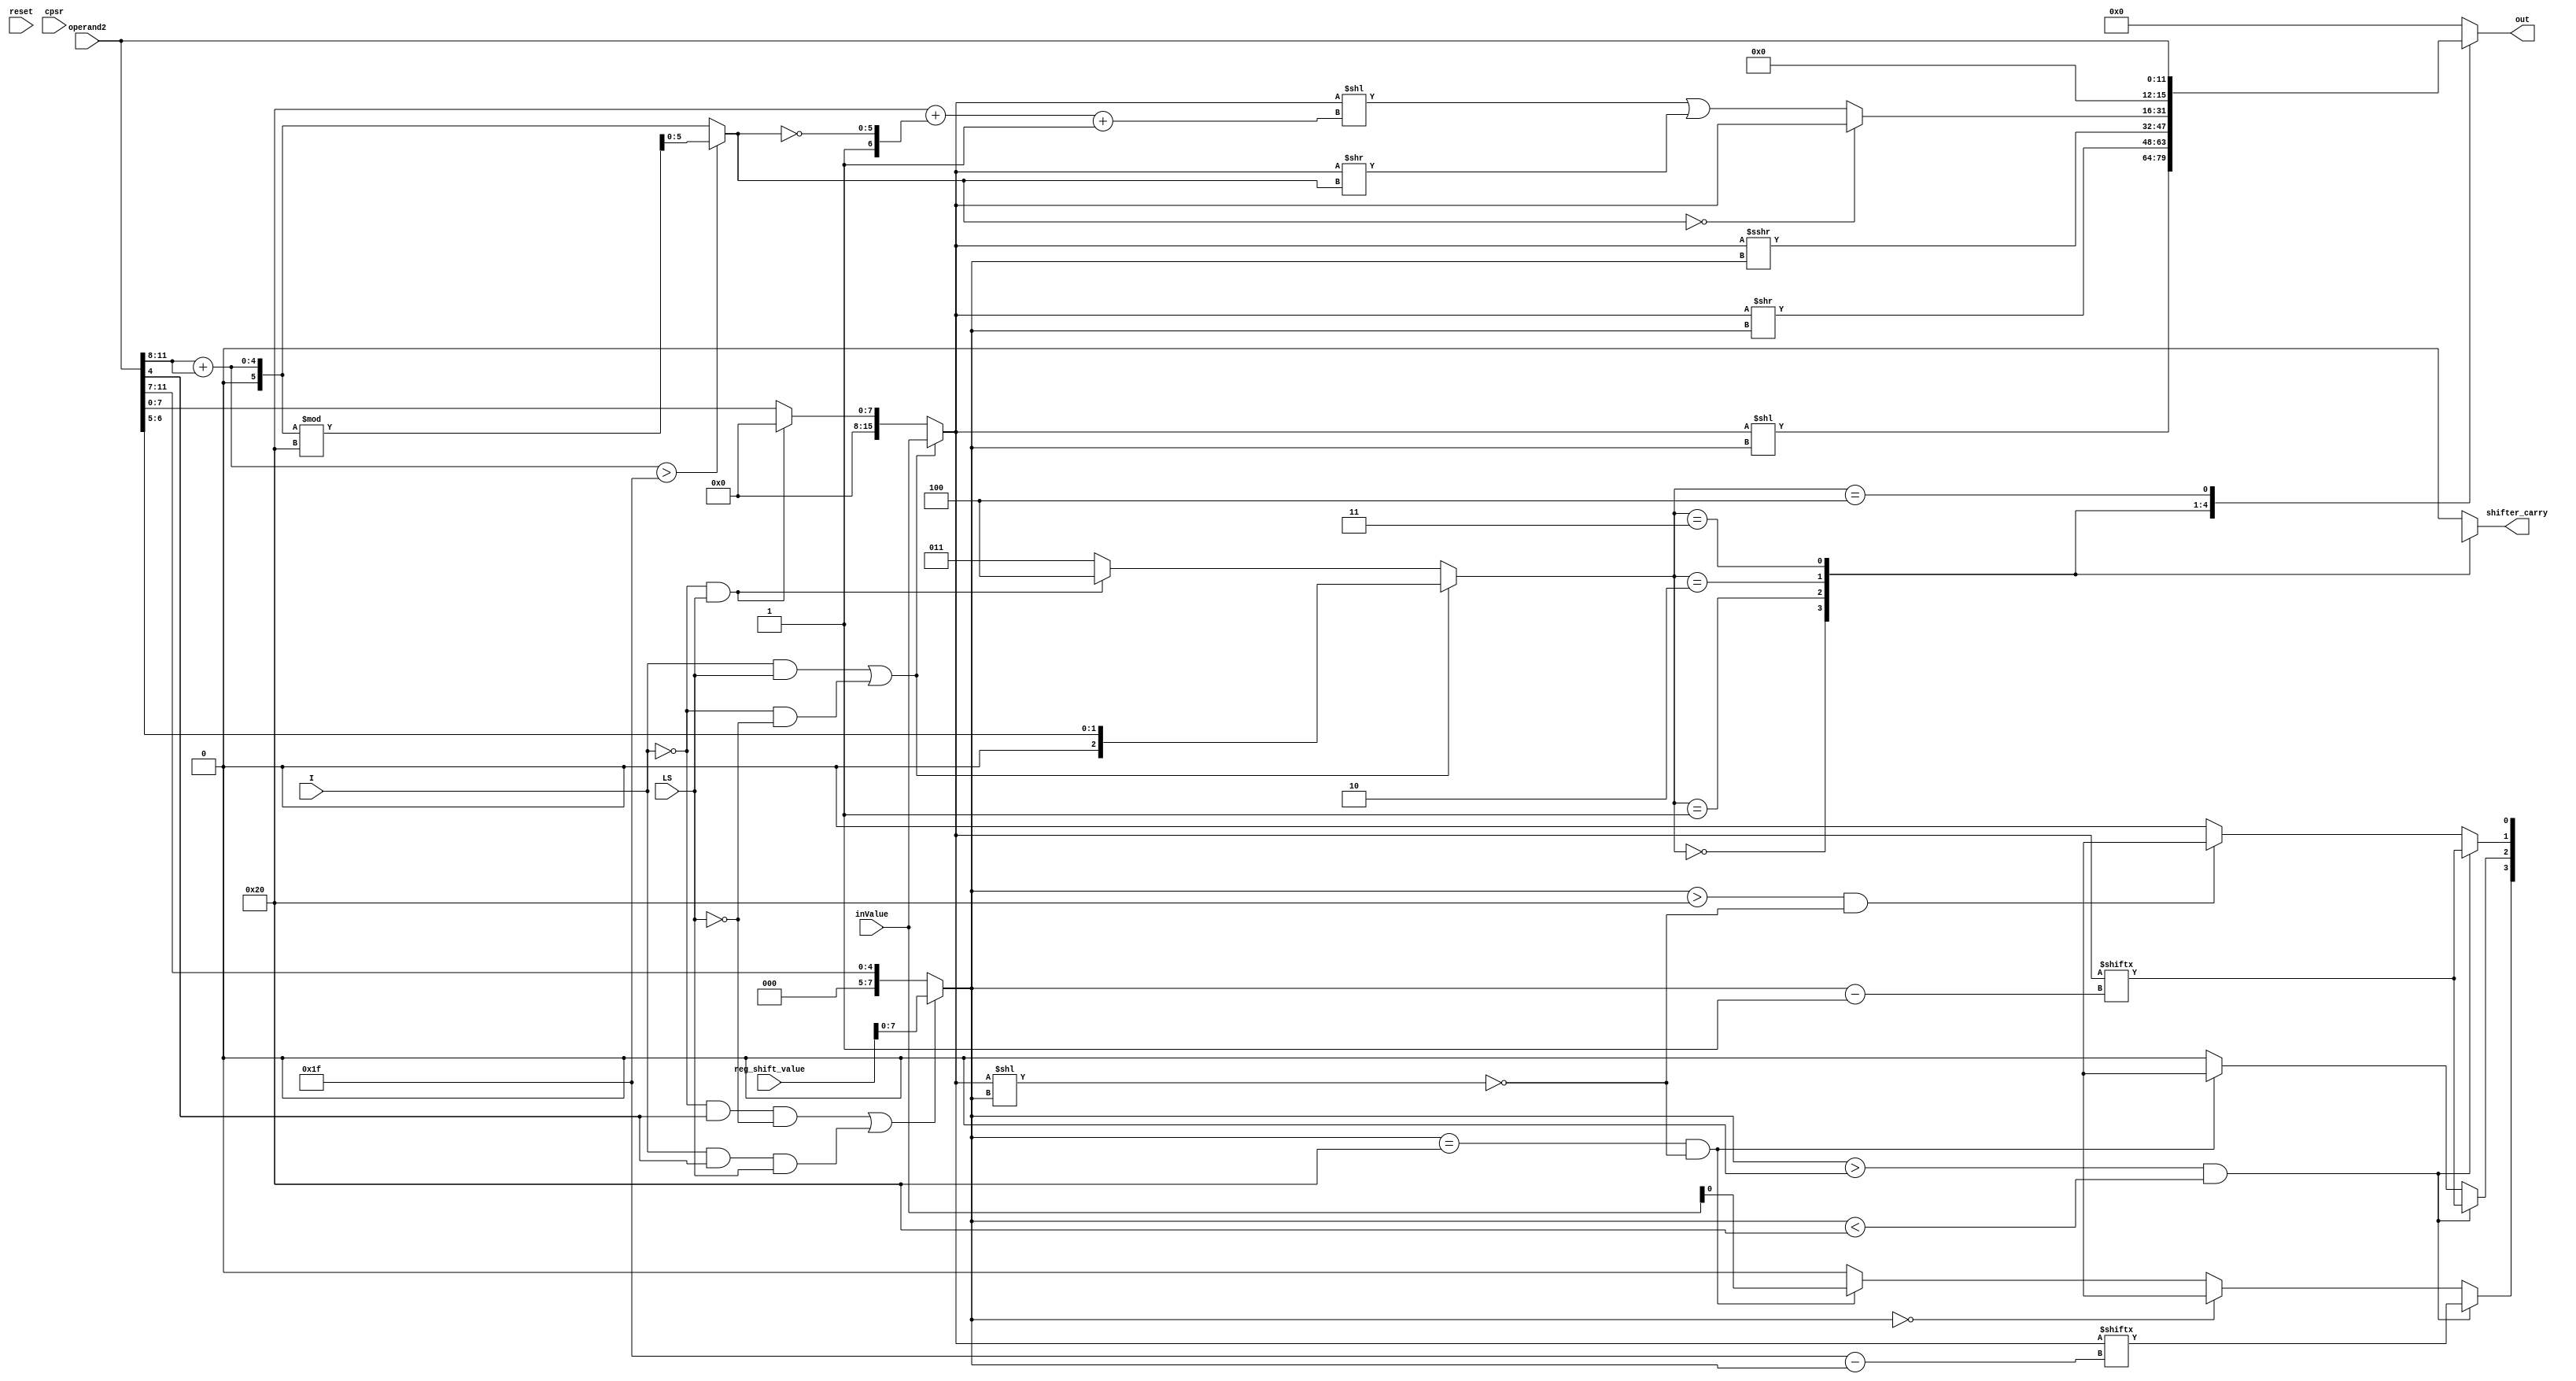
module shifter (reset, I, LS, operand2, inValue, reg_shift_value, cpsr, out, shifter_carry);

  input wire reset, I, LS; //I=Immediate_Operand, S=Set_Condition_Codes, LS=LDR_or_STR
  input wire [11:0] operand2;
  input wire [15:0] inValue; //The value located in the 2nd operand register (Rm)
  input wire [15:0] reg_shift_value; //The shift value (output of the reg_file)
  input wire [15:0] cpsr; //n, z, c, v
  reg [7:0] shift_value; //The actual shift amount
  reg [15:0] value; //The value to be shifted
  reg [2:0] shift_type; //The type of shift instruction[6:5]
  reg [5:0] rotate_value;
  output reg [15:0] out; // The correct offset value
  output reg shifter_carry;

 

  always @(*) begin
    if ((I&&LS) || ((~I)&&(~LS))) begin //offset is a register (Rs)
      value = inValue;
      shift_type = {1'b0, operand2[6:5]};
    end
    else if ((~I)&&LS) begin //Out is an immediate value
      shift_type = 3'b100;
		value = 16'b0;
    end
    else begin //operand2 is an immediate value to be rotated
      value = {23'b0, operand2[7:0]};
      shift_type = 3'b011;
    end
		
	 //Shift contains a shift register
    if (((~I)&&operand2[4]&&(~LS))||(I&&operand2[4]&&LS)) begin
      shift_value = reg_shift_value[7:0];
    end
	 //Shift is a 5 bit integer
    else begin
      shift_value = {3'b0, operand2[11:7]};
    end
	 
	 rotate_value = operand2[11:8] + operand2[11:8];
	 if (rotate_value > 31) rotate_value = rotate_value % 32; //rotate_value in range 0 to 32
  end

  always @(*) begin
	 out = 16'b0;
    shifter_carry = 0;
    case(shift_type)
      3'b000: begin //logical left
        out = value << shift_value;
        if ((shift_value > 0)&&(shift_value < 32)) shifter_carry = value[31-shift_value];
        else if (shift_value == 0) shifter_carry = cpsr[29];
        else begin //shift value is greater than 31
          if ((shift_value==32)&&((value<<shift_value)==0)) shifter_carry = inValue[0];
          else if ((shift_value>32)&&(value<<shift_value)==0) shifter_carry = 0;
        end
      end
      3'b001: begin //logical right
        out = value >> shift_value;
        if ((shift_value > 0)&&(shift_value < 32)) shifter_carry = value[shift_value-1];
        else begin //shift value is greater than 31
          if ((shift_value==32)&&((value<<shift_value)==0)) shifter_carry = inValue[31];
          else if ((shift_value>32)&&(value<<shift_value)==0) shifter_carry = 0;
        end
      end
      3'b010: begin //Arithmetic right
        out = value >>> shift_value;
        if ((shift_value > 0)&&(shift_value < 32)) shifter_carry = value[shift_value-1];
        else if ((shift_value>32)&&(value<<shift_value)==0) shifter_carry = inValue[31];
      end
      3'b011: begin //rotate right
		  if (rotate_value == 0) out = value;
		  else out = (value << (6'b100000 + {1'b1, ~rotate_value} + 1'b1)) | (value >> rotate_value);
        shifter_carry = value[31];
      end
      3'b100: begin
        out = {20'b0, operand2};
      end
      default: begin
        out = 16'b0;
        shifter_carry = 0;
      end
    endcase
  end

endmodule